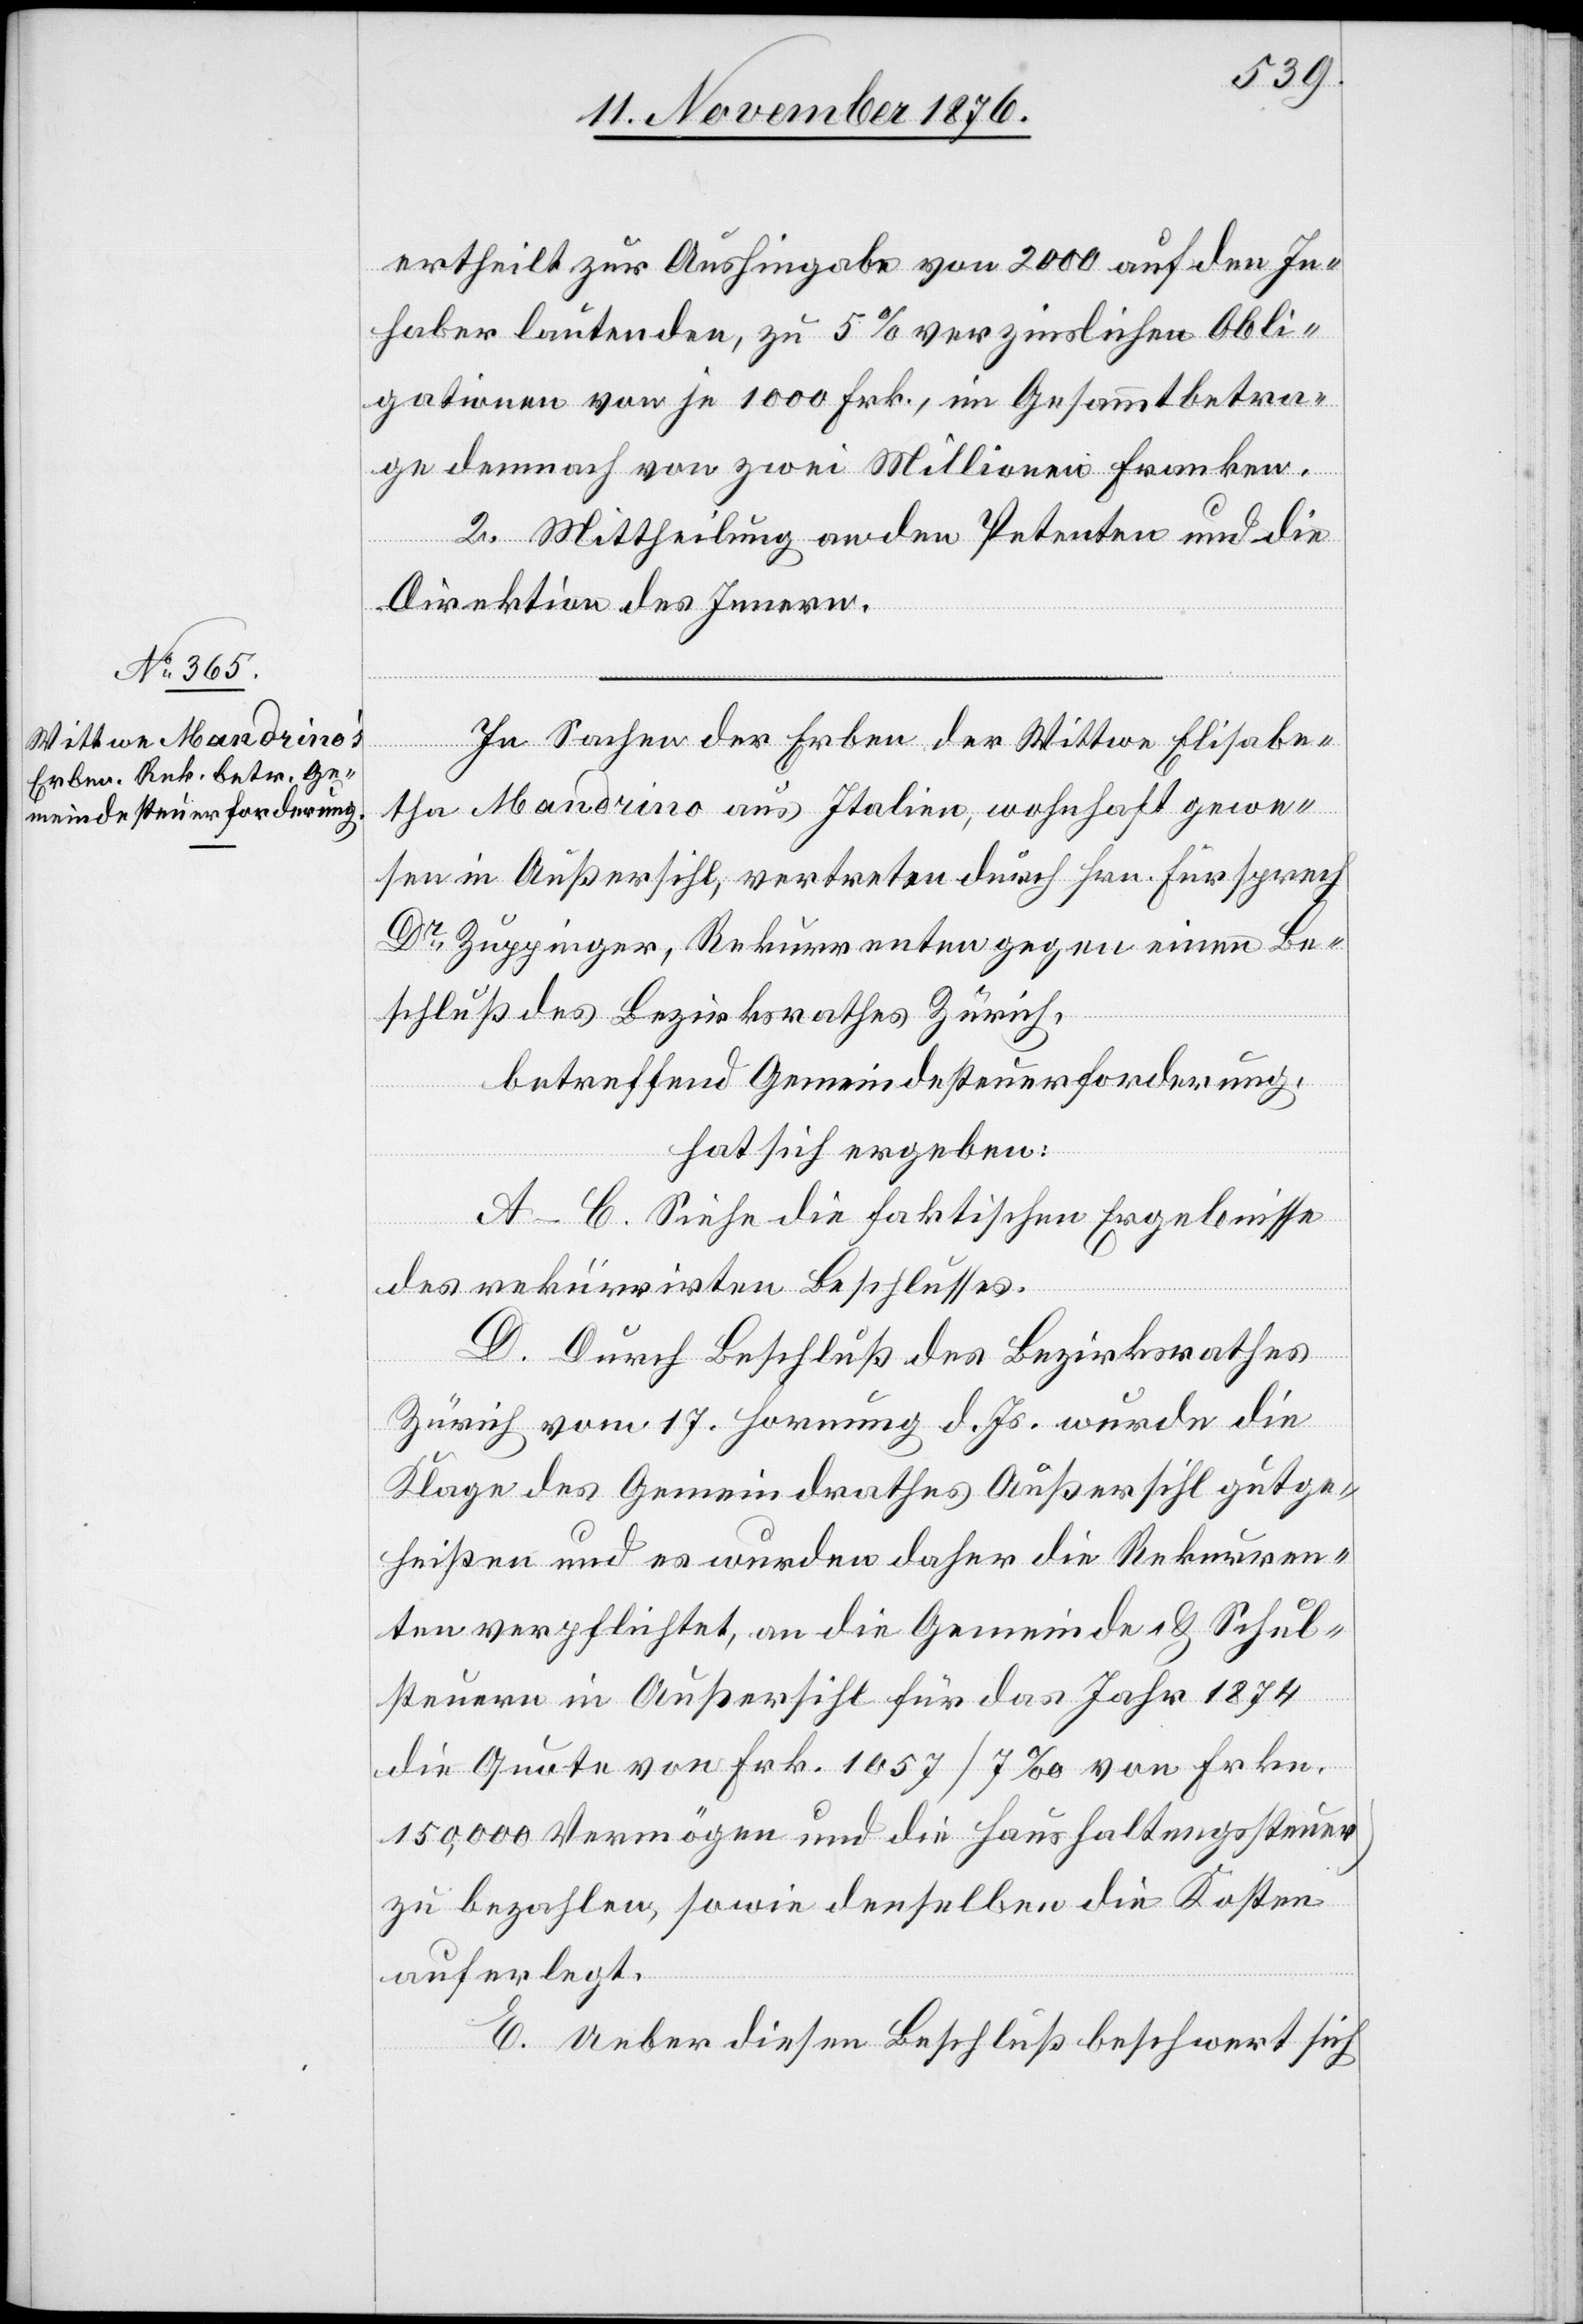
ertheilt zur Aushingabe von 2000 auf den In¬
haber lautenden, zu 5% verzinslichen Obli¬
gationen von je 1000 Frk., im Gesammtbetra¬
ge demnach von zwei Millionen Franken.
II. Mittheilung an den Petenten und die
Direktion des Innern.
In Sachen der Erben der Wittwe Elisabe¬
tha Mandrino aus Italien, wohnhaft gewe¬
sen in Außersihl, vertreten durch Hrn. Fürsprech
Dr Zuppinger, Rekurrenten gegen einen Be¬
schluß des Bezirksrathes Zürich,
betreffend Gemeindesteuerforderung,
hat sich ergeben:
A–C. Siehe die faktischen Ergebnisse
D. Durch Beschluß des Bezirksrathes
Zürich vom 17. Hornung d. Js. wurde die
Klage des Gemeindrathes Außersihl gutge¬
heißen und es wurden daher die Rekurren¬
ten verpflichtet, an die Gemeinde & Schul¬
steuern in Außersihl für das Jahr 1874
die Quote von Frk. 1057 (7‰ von Frkn.
150,000 Vermögen und die Haushaltungsteuer)
zu bezahlen, sowie denselben die Kosten
auferlegt.
E. Ueber diesen Beschluß beschwert sich